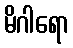
မိဂါရော